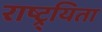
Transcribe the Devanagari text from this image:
राष्ट्र्यिता